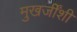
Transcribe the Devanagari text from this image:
मुखर्जींशी